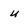
Character: u